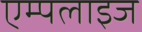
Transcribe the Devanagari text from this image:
एम्पलाइज